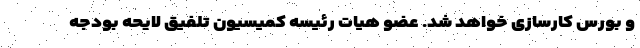
و بورس کارسازی خواهد شد. عضو هیات رئیسه کمیسیون تلفیق لایحه بودجه